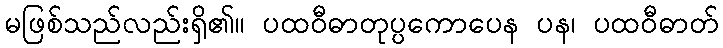
မဖြစ်သည်လည်းရှိ၏။ ပထဝီဓာတုပ္ပကောပေန ပန၊ ပထဝီဓာတ်